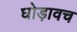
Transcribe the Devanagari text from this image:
घोड़ावच